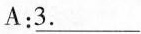
A:\underline{3.}___